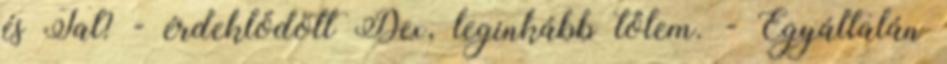
és Tal? - érdeklődött Dex, leginkább tőlem. - Egyáltalán